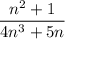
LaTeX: \frac { n ^ { 2 } + 1 } { 4 n ^ { 3 } + 5 n }